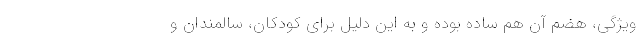
ویژگی، هضم آن هم ساده بوده و به این دلیل برای کودکان، سالمندان و